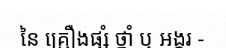
នៃ គ្រឿងផ្សំ ថ្នាំ ឬ អង្ករ -